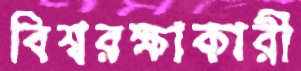
বিশ্বরক্ষাকারী